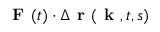
\textbf { F } ( t ) \cdot \Delta \textbf { r } ( \textbf { k } , t , s )